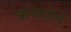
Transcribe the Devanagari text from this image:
त्रान्सपोर्त